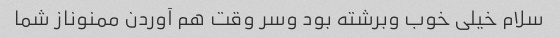
سلام خیلی خوب وبرشته بود وسر وقت هم آوردن ممنوناز شما